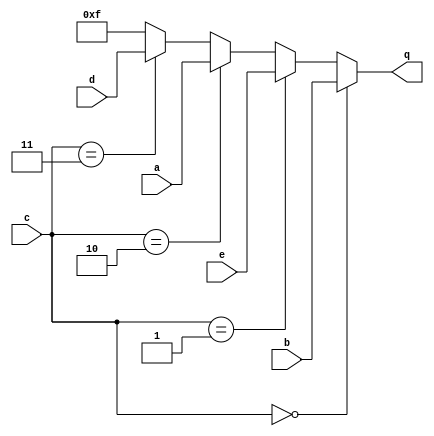
module top_module (
    input [3:0] a,
    input [3:0] b,
    input [3:0] c,
    input [3:0] d,
    input [3:0] e,
    output [3:0] q );
    always@(c)
        begin
            if(c==0)
                q=b;
            else if(c==1)
                q=e;
            else if(c==2)
                q=a;
            else if(c==3)
                q=d;
            else
                q=4'b1111;
        end
endmodule